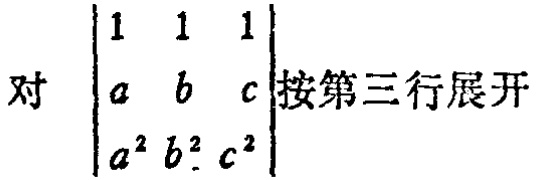
对 $\begin{vmatrix}1&1&1\\a&b&c\\a^{2}&b^{2}&c^{2}\end{vmatrix}$ 按第三行展开